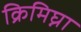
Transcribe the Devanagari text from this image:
क्रिमिघ्ना